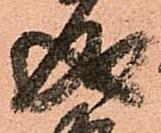
成